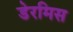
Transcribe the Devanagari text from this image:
डेरमिस